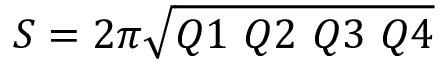
S = 2 \pi \sqrt { Q 1 ~ Q 2 ~ Q 3 ~ Q 4 }